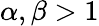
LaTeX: \alpha,\beta>1